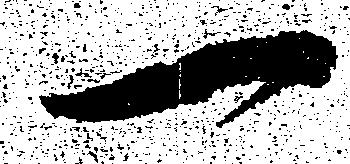
一